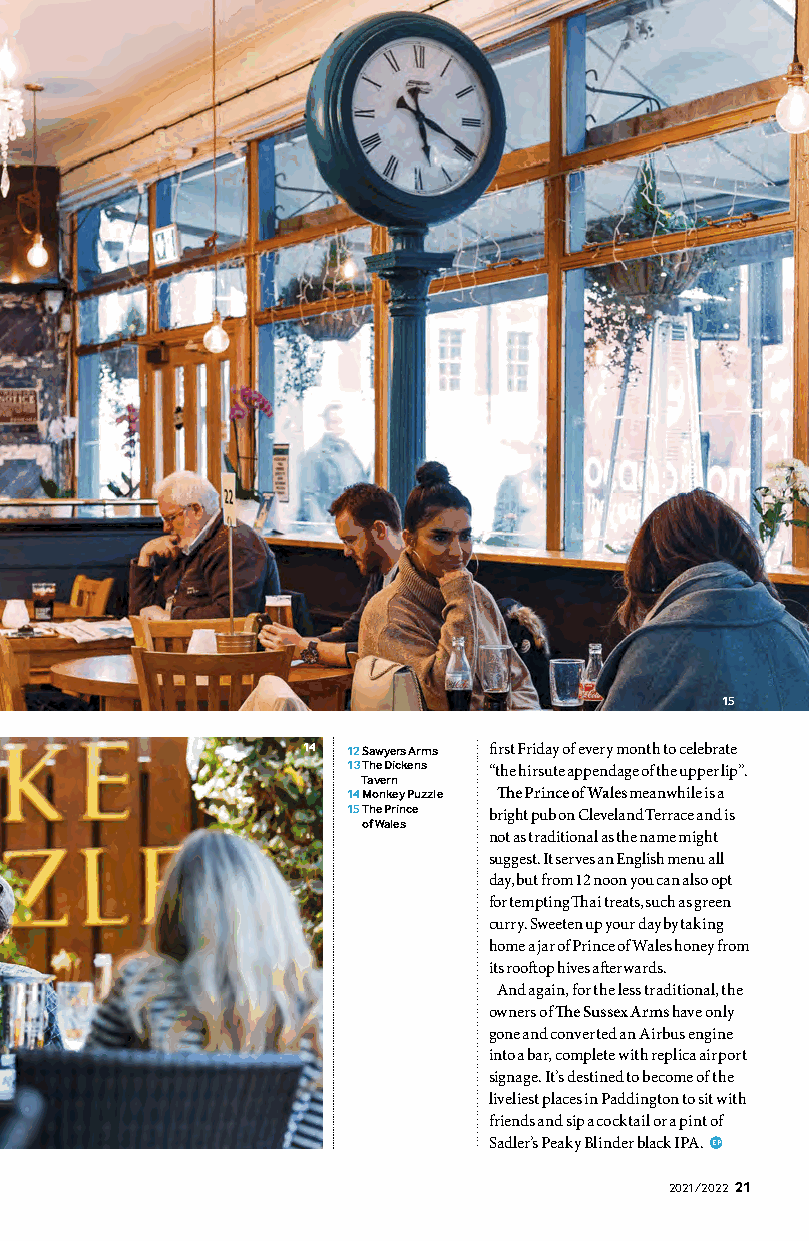
15
 14 12 Sawyers Arms first Friday of every month to celebrate
 13 The Dickens “the hirsute appendage of the upper lip”.
 Tavern
 14 Monkey Puzzle The Prince of Wales meanwhile is a
 15 The Prince bright pub on Cleveland Terrace and is
 of Wales
 not as traditional as the name might
 suggest. It serves an English menu all
 day, but from 12 noon you can also opt
 for tempting Thai treats, such as green
 curry. Sweeten up your day by taking
 home a jar of Prince of Wales honey from
 its rooftop hives afterwards.
 And again, for the less traditional, the
 owners of The Sussex Arms have only
 gone and converted an Airbus engine
 into a bar, complete with replica airport
 signage. It’s destined to become of the
 liveliest places in Paddington to sit with
 friends and sip a cocktail or a pint of
 Sadler’s Peaky Blinder black IPA. EP
 2021/2022 2211
 elzzuP
 yeknoM
 ;reirraF
 ylloH
 ©
 selaW
 fo
 ecnirP
 ;reirraF
 ylloH
 ©
 smrA
 sreywaS
 .reirraF
 ylloH
 ©
 nrevaT
 snekciD
 ehT
 ;notgnikliP
 leahciM
 ©